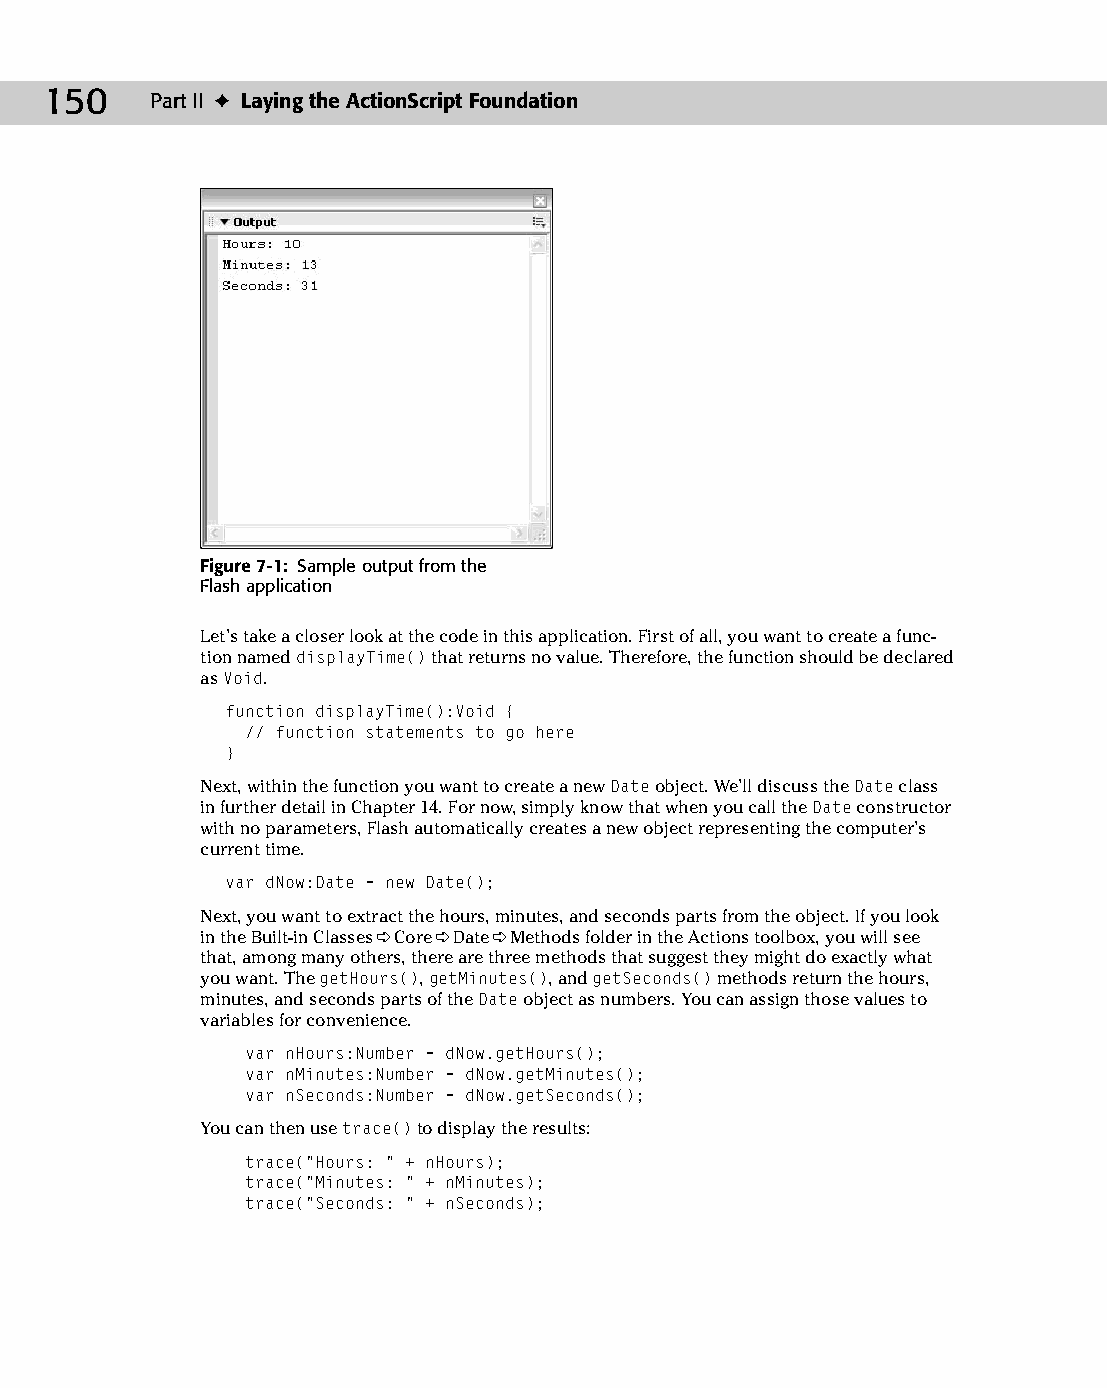
10 543547 ch07.qxd 3/24/04 3:50 PM Page 150
 150    Part II ✦ Laying the ActionScript Foundation
 Figure 7-1: Sample output from the
 Flash application
 Let’s take a closer look at the code in this application. First of all, you want to create a func­
 tion named displayTime() that returns no value. Therefore, the function should be declared
 as Void.
 function displayTime():Void {
 // function statements to go here
 }
 Next, within the function you want to create a new Date object. We’ll discuss the Date class
 in further detail in Chapter 14. For now, simply know that when you call the Date constructor
 with no parameters, Flash automatically creates a new object representing the computer’s
 current time.
 var dNow:Date = new Date();
 Next, you want to extract the hours, minutes, and seconds parts from the object. If you look
 in the Built-in Classes ➪ Core ➪ Date ➪ Methods folder in the Actions toolbox, you will see
 that, among many others, there are three methods that suggest they might do exactly what
 you want. The getHours(), getMinutes(), and getSeconds() methods return the hours,
 minutes, and seconds parts of the Date object as numbers. You can assign those values to
 variables for convenience.
 var nHours:Number = dNow.getHours();
 var nMinutes:Number = dNow.getMinutes();
 var nSeconds:Number = dNow.getSeconds();
 You can then use trace() to display the results:
 trace(“Hours: “ + nHours);
 trace(“Minutes: “ + nMinutes);
 trace(“Seconds: “ + nSeconds);